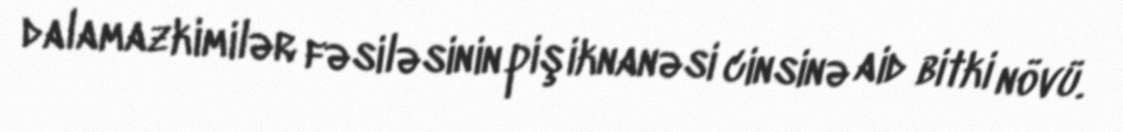
dalamazkimilər fəsiləsinin pişiknanəsi cinsinə aid bitki növü.